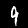
Digit: 9